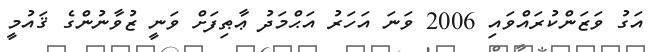
އަގު ވަޒަންކުރައްވައި 2006 ވަނަ އަހަރު އަޙްމަދު ޢާޠިފަށް ވަނީ ޒުވާނުންގެ ޤައުމީ